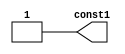
//Generated from netlist by SpyDrNet
//netlist name: FPGA88_SOFA_A
module const1
(
    const1
);

    output const1;

    wire \<const1> = 1 ;
    wire const1;

assign const1 = \<const1> ;
endmodule